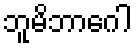
ဘူမိဘာဂေါ